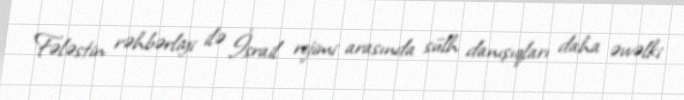
Fələstin rəhbərliyi ilə İsrail rejimi arasında sülh danışıqları daha əvvəlki